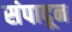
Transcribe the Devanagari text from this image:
संपादून